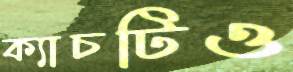
ক্যাচটিও